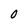
Character: O